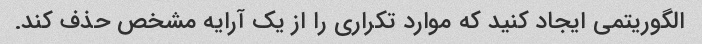
الگوریتمی ایجاد کنید که موارد تکراری را از یک آرایه مشخص حذف کند.